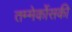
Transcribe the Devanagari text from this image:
तम्मेर्कोसकी